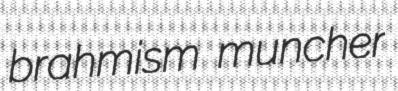
brahmism muncher